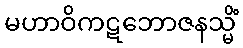
မဟာဝိကဋဘောဇနသ္မိံ